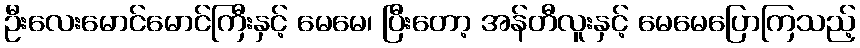
ဦးလေးမောင်မောင်ကြီးနှင့် မေမေ၊ ပြီးတော့ အန်တီလူးနှင့် မေမေပြောကြသည့်